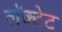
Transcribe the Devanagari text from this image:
लॅक्टेट